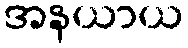
အနယာယ